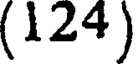
(124)